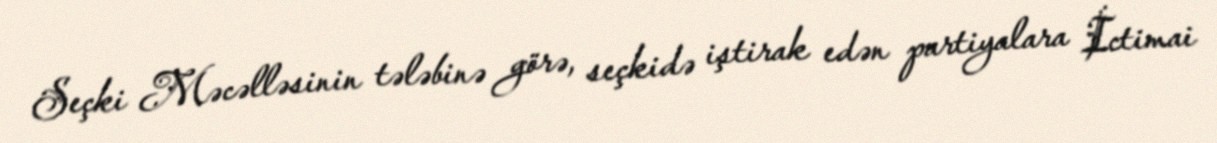
Seçki Məcəlləsinin tələbinə görə, seçkidə iştirak edən partiyalara İctimai